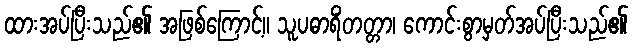
ထားအပ်ပြီးသည်၏ အဖြစ်ကြောင့်။ သူပဓာရိံတတ္တာ၊ ကောင်းစွာမှတ်အပ်ပြီးသည်၏